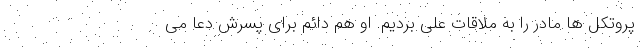
پروتکل ها مادر را به ملاقات علی بردیم. او هم دائم برای پسرش دعا می